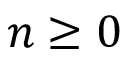
n \geq 0